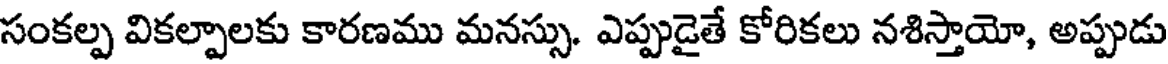
సంకల్ప వికల్పాలకు కారణము మనస్సు. ఎప్పుడైతే కోరికలు నశిస్తాయో, అప్పుడు